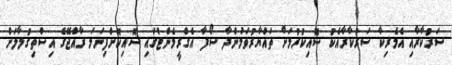
ސަރުކާރާއި އެމެރިކާ ސަރުކާރާއެކު ސޮއިކުރުމަށް ތައްޔާރުވަމުންދާ ސޯފާ އެގްރީމެންޓްގައި ސޮއިކޮށްފިނަމަ ރާއްޖޭގެ އިސްތިގުލާލަށް